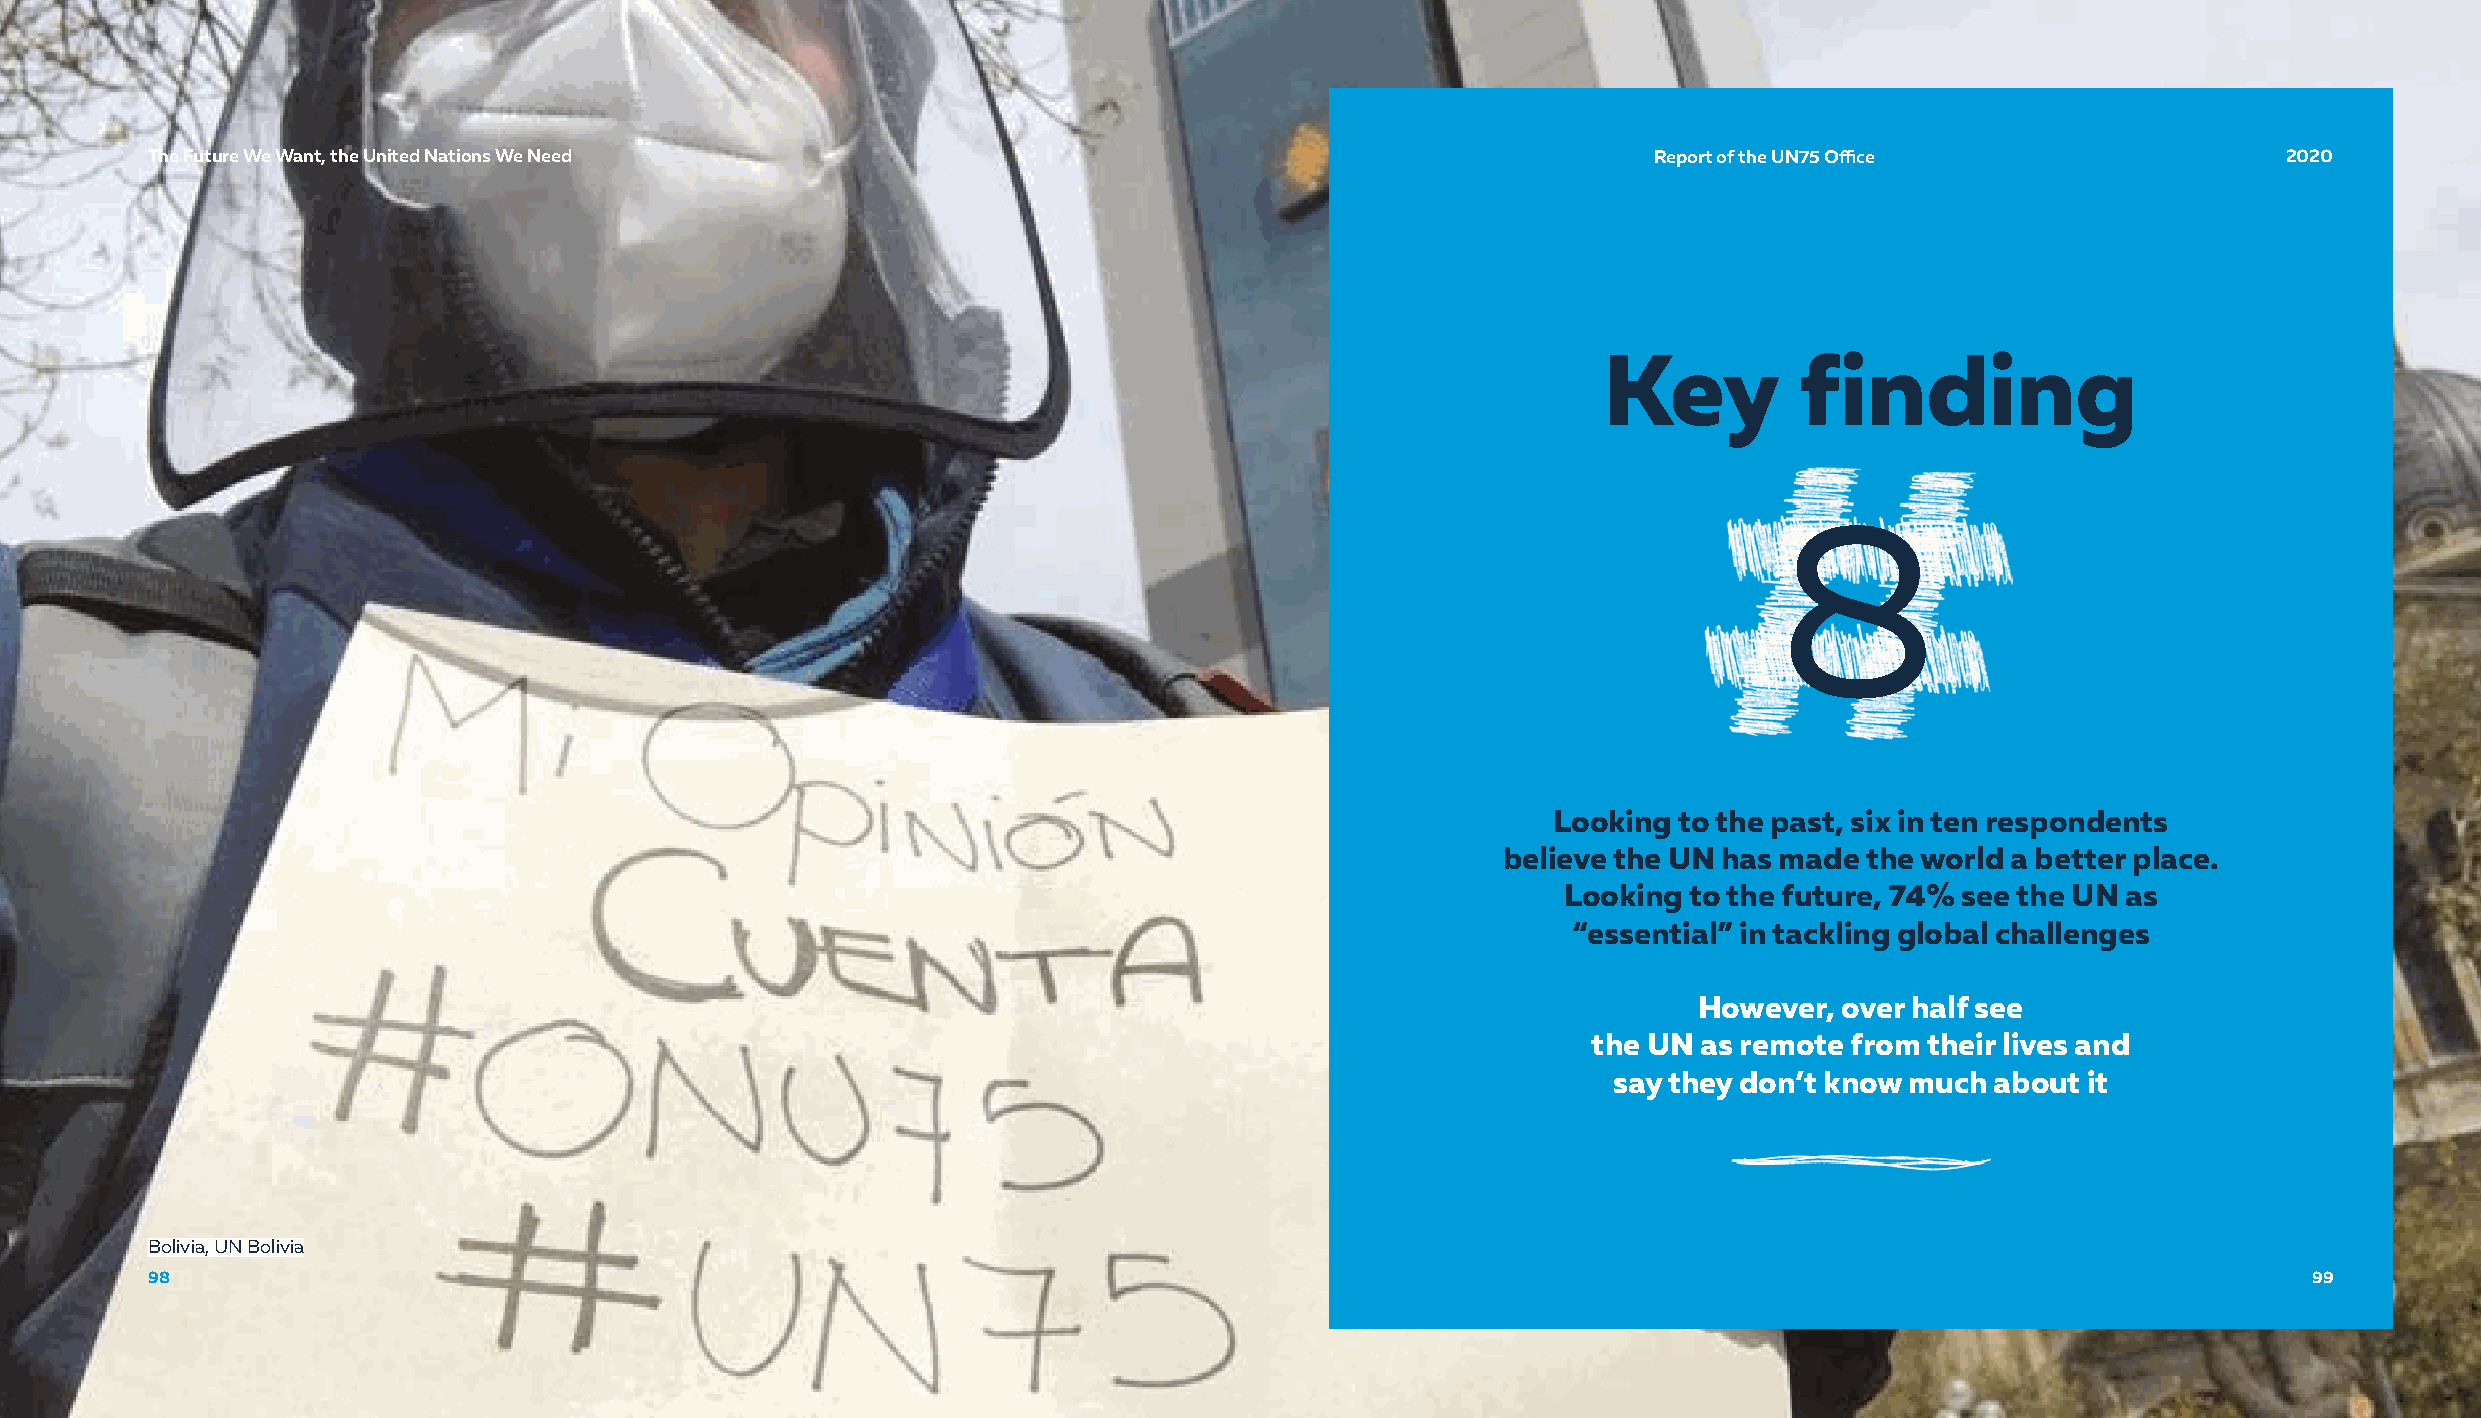
TThhee FFuuttuurree WWee WWaanntt,, tthhee UUnniitteedd NNaattiioonnss WWee NNeeeedd               RReeppoorrtt ooff tthhee UUNN7755 OOffifficcee 22002200
 Key          finding
 8
 Looking to the past, six in ten respondents
 believe the UN has made the world a better place.
 Looking to the future, 74% see the UN as
 “essential” in tackling global challenges
 However,  over half see
 the UN  as remote from their lives and
 say they don’t know much about it
 Bolivia, UN Bolivia
 9988                                                                                                                                           9999